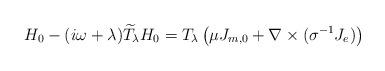
LaTeX: \begin{align*}H_0-(i\omega+\lambda)\widetilde T_{\lambda}H_0=T_\lambda\left(\mu J_{m,0}+\nabla\times(\sigma^{-1}J_e)\right)\end{align*}